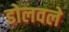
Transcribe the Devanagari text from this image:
डोलवले